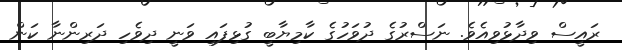
ރައީސް ވިދާޅުވިއެވެ. ނަސްރުގެ ދުވަހުގެ ކާމިޔާބީ ގުޅިފައި ވަނީ ދިވެހި ދަރިންނާ ކަން